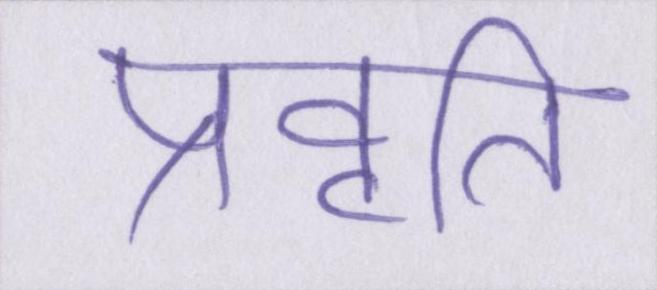
प्रवृति